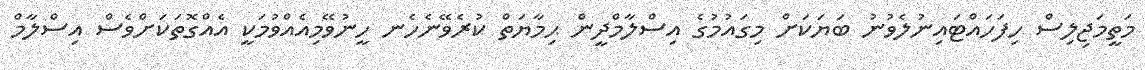
މަތީމަޖިލިސް ހިފަހައްޓައިނުލެވުނު ބަޔަކަށް މިގައުމުގެ އިސްލާމްދީން ޙިމާޔަތް ކުރެވޭނެހެނ ހީނުވޭމިއެއްވުމަކީ އެއްގޮތަކަށްވެސް އިސްލާމް